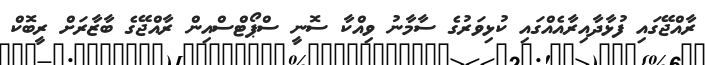
ރާއްޖޭގައި ފުޅާދާއިރާއެއްގައި ކުޅިވަރުގެ ސާމާނު ވިއްކާ ސޮނީ ސްޕޯޓްސްއިން ރާއްޖޭގެ ބާޒާރަށް ރީބޮކް